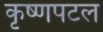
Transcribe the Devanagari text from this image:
कृष्णपटल